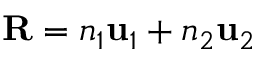
\mathbf { R } = n _ { 1 } \mathbf { u } _ { 1 } + n _ { 2 } \mathbf { u } _ { 2 }